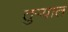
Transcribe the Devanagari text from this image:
तुऱ्यात